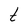
Character: t